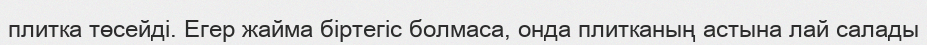
плитка төсейді. Егер жайма біртегіс болмаса, онда плитканың астына лай салады